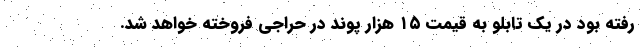
رفته بود در یک تابلو به قیمت ۱۵ هزار پوند در حراجی فروخته خواهد شد.